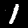
Digit: 1